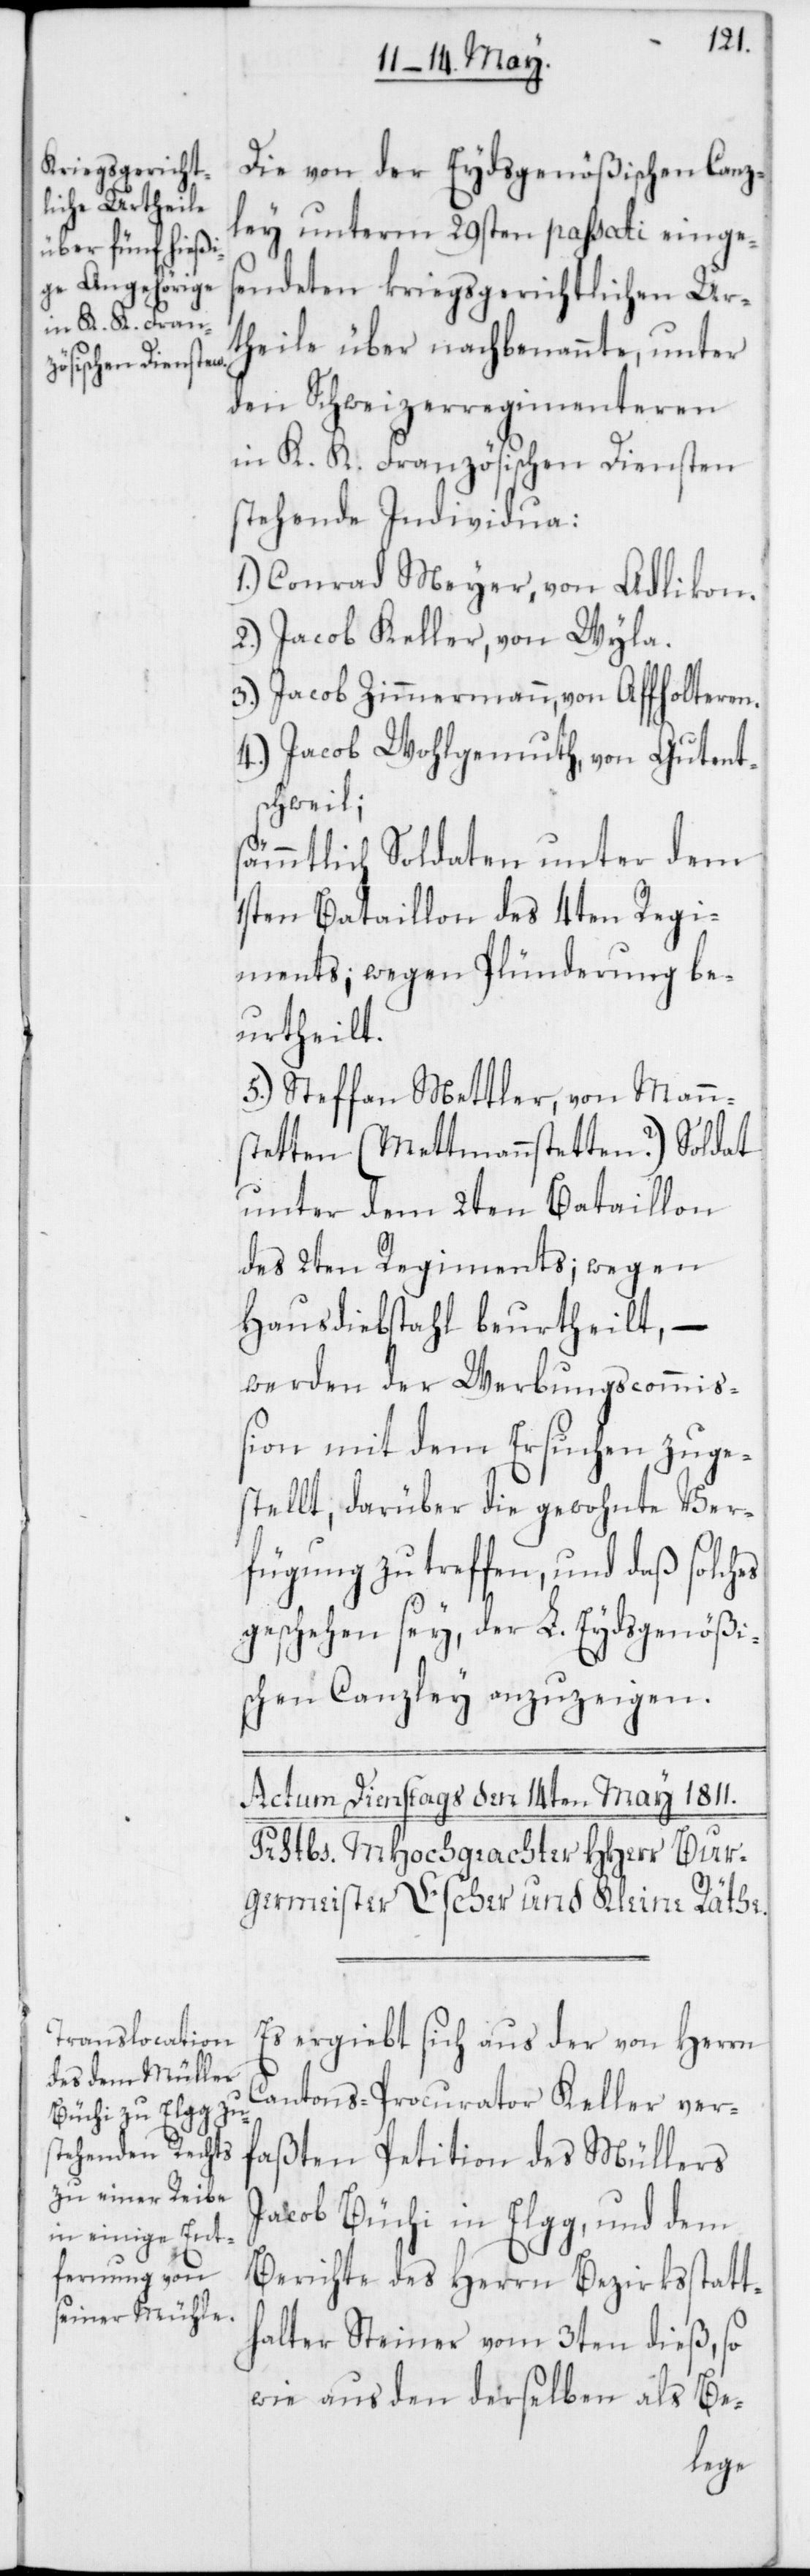
Die von der Eydsgenößischen Canz¬
ley unterm 29sten passati einges¬
endeten kriegsgerichtlichen Ur¬
theile über nachbenannte, unter
den Schweizerregimenteren
in K. K. Französischen Diensten
stehende Individua:
1.) Conrad Meyer, von Adlikon.
2.) Jacob Keller, von Wyla.
3.) Jacob Zimmermann, von Affolteren.
4.) Jacob Wohlgemuth, von Gutent¬
schweil;
sämmtlich Soldaten unter dem
1sten Bataillon des 4ten Regi¬
ments; wegen Plünderung be¬
urteilt;
5.) Steffan Mettler, von Mann¬
stetten (Mettmannstetten?) Soldat
unter dem 2ten Bataillon
des 2ten Regiments; wegen
Hausdiebstahl beurtheilt, –
werden der Werbungscommiß¬
ion mit dem Ersuchen zuge¬
stellt, darüber die gewohnte Ver¬
fügung zu treffen, und daß solches
geschehen sey, der L. Eydsgenößi¬
schen Canzley anzuzeigen.
Es ergiebt sich aus der von Herrn
Cantons-Procurator Keller ver¬
faßten Petition des Müllers
Jacob Büchi in Elgg, und dem
Berichte des Herrn Bezirksstatt¬
halter Steiner vom 3ten dieß, so
wie aus den derselben als Be-